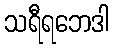
သရီရဘေဒါ